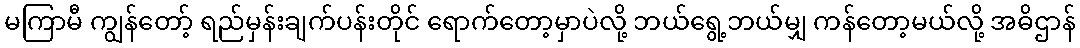
မကြာမီ ကျွန်တော့် ရည်မှန်းချက်ပန်းတိုင် ရောက်တော့မှာပဲလို့ ဘယ်ရွေ့ဘယ်မျှ ကန်တော့မယ်လို့ အဓိဌာန်